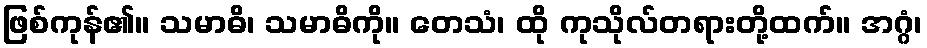
ဖြစ်ကုန်၏။ သမာဓိ၊ သမာဓိကို။ တေသံ၊ ထို ကုသိုလ်တရားတို့ထက်။ အဂ္ဂံ၊